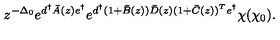
z ^ { - \Delta _ { 0 } } e ^ { d ^ { \dagger } \bar { A } ( z ) e ^ { \dagger } } e ^ { d ^ { \dagger } ( 1 + \bar { B } ( z ) ) \bar { D } ( z ) ( 1 + \bar { C } ( z ) ) ^ { T } e ^ { \dagger } } \chi ( \chi _ { 0 } ) .